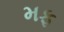
મફ